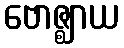
ဗောဇ္ဈာယ